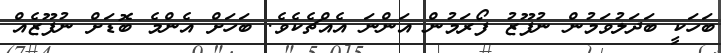
ބަހަކީ ބަދަލުވަމުން ނުފޫޒު ފޯރަމުން އަންނަ އެއްޗެކެވެ. ބަހަށް އެންމެ ބޮޑަށް ނުފޫޒެއް